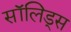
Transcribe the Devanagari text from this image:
सॉलिड्स